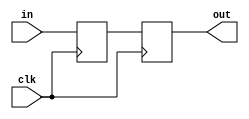
module Synchronizer(output out, input in, clk);
    reg d, out;
    
    always @(posedge clk) begin
        d <= in;
        out <= d;
    end
endmodule